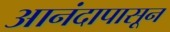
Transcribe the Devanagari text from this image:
आनंदापासून